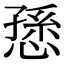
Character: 愻